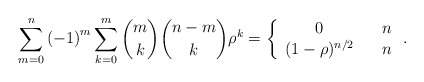
\begin{align*}\sum_{m=0}^{n}\left( -1\right) ^{m}\sum_{k=0}^{m}\binom{m}{k}\binom{n-m}{k}\rho ^{k}=\left\{ \begin{array}{ccc}0 & & n \\ (1-\rho )^{n/2} & & n\end{array}\right. . \end{align*}